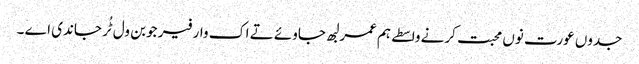
جدوں عورت نوں محبت کرنے واسطے ہم عمر لبھ جاوئے تے اک وار فیر جوبن ول ٹُر جاندی اے ۔